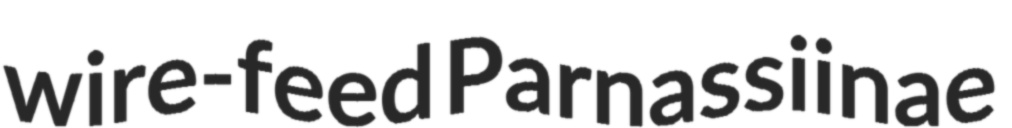
wire-feed Parnassiinae